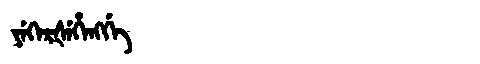
Manchu: ᠶᡝᡴᡝᡵᡧᡝᡥᡝᠩᡤᡝ
Romanization: YEKERŠEHENGGE